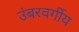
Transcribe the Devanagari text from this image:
उंबरवर्गीय